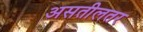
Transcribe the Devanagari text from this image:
असतीलतर